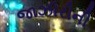
જાઝીરીની